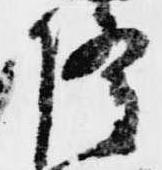
隆